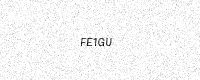
Text: FE1GU